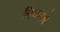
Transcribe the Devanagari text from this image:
निजकरे